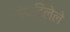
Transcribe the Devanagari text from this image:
संपादिलेले